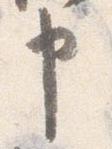
申